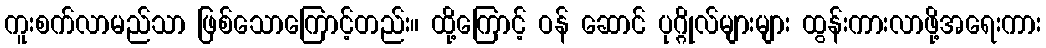
ကူးစက်လာမည်သာ ဖြစ်သောကြောင့်တည်း။ ထို့ကြောင့် ဝန် ဆောင် ပုဂ္ဂိုလ်များများ ထွန်းကားလာဖို့အရေးကား